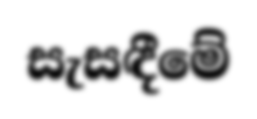
සැසඳීමේ